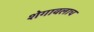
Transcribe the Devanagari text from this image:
शेगावलाच